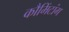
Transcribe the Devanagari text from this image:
कौमिंटांग